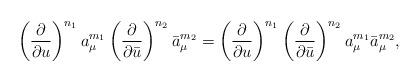
LaTeX: \begin{align*}\left( \frac{\partial}{\partial u} \right)^{n_1} a_{\mu}^{m_1} \left( \frac{\partial}{\partial \bar{u}} \right)^{n_2} \bar{a}_{\mu}^{m_2} = \left( \frac{\partial}{\partial u} \right)^{n_1} \left( \frac{\partial}{\partial \bar{u}} \right)^{n_2} a_{\mu}^{m_1} \bar{a}_{\mu}^{m_2},\end{align*}